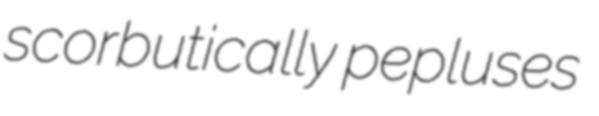
scorbutically pepluses